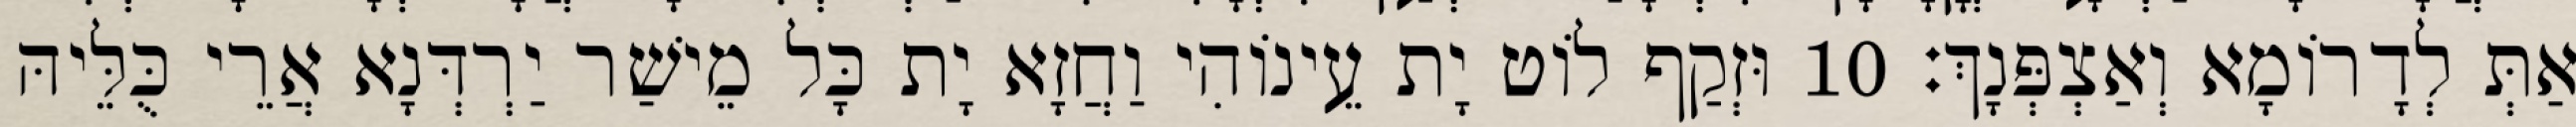
אַתְּ לְדָרוֹמָא וְאַצְפְּנָךְ׃ 10 וּזְקַף לוֹט יָת עֵינוֹהִי וַחֲזָא יָת כָּל מֵישַׁר יַרְדְּנָא אֲרֵי כֻּלֵּיהּ